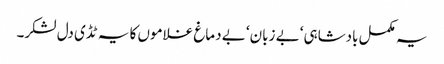
یہ مکمل بادشاہی‘ بے زبان‘ بے دماغ غلاموں کا یہ ٹڈی دل لشکر۔